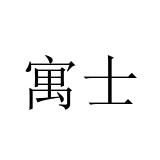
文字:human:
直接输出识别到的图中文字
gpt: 寓士